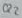
Text: Q2